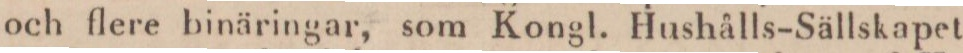
och flere binäringar, som Kongl. Hushålls-Sällskapet